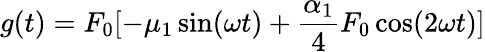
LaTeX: g(t)=F_{0}[-\mu_{1}\sin(\omega t)+\frac{\alpha_{1}}{4}F_{0}\cos(2\omega t)]